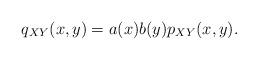
LaTeX: \begin{align*}q_{XY}(x,y)=a(x)b(y)p_{XY}(x,y).\end{align*}